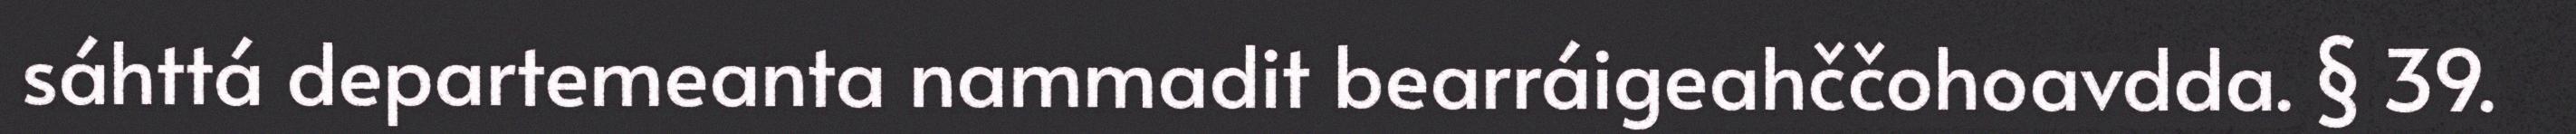
sáhttá departemeanta nammadit bearráigeahččohoavdda. § 39.